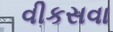
વીકસવા